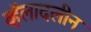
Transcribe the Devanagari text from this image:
व्हॅलादलीन